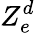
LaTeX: Z_{e}^{d}